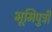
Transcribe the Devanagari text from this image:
भूमिपुत्री